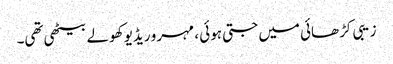
زیبی کڑھائی میں جتی ہوئی ، مہرو ریڈیو کھولے بیٹھی تھی۔